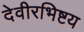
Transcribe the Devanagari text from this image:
देवीरभिष्टय